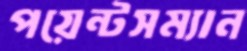
পয়েন্টসম্যান